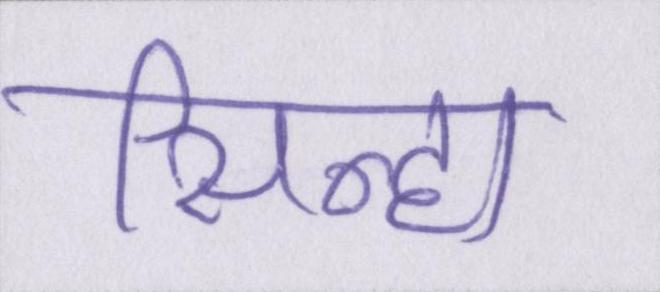
सिन्हा